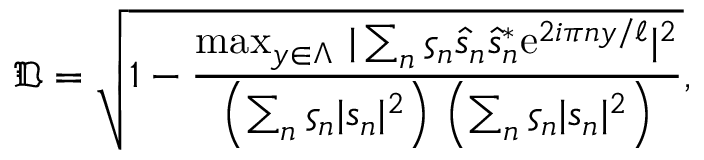
\mathfrak { D } = \sqrt { 1 - \frac { \operatorname* { m a x } _ { y \in \Lambda } \, \vert \sum _ { n } \varsigma _ { n } \hat { s } _ { n } \hat { \mathfrak { s } } _ { n } ^ { \ast } \mathrm { e } ^ { 2 i \pi n y / \ell } \vert ^ { 2 } } { \left( \sum _ { n } \varsigma _ { n } \vert s _ { n } \vert ^ { 2 } \right) \, \left( \sum _ { n } \varsigma _ { n } \vert \mathfrak { s } _ { n } \vert ^ { 2 } \right) } } ,